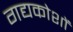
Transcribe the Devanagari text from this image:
गद्यकोशों